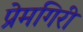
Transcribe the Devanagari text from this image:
प्रेमगिरी